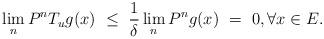
LaTeX: \begin{align*}\lim_n P^nT_u g (x) ~\leq~ \frac{1}{\delta} \lim_n P^n g (x) ~=~ 0, \forall x\in E.\end{align*}